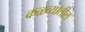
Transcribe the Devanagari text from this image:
कळव्यातील